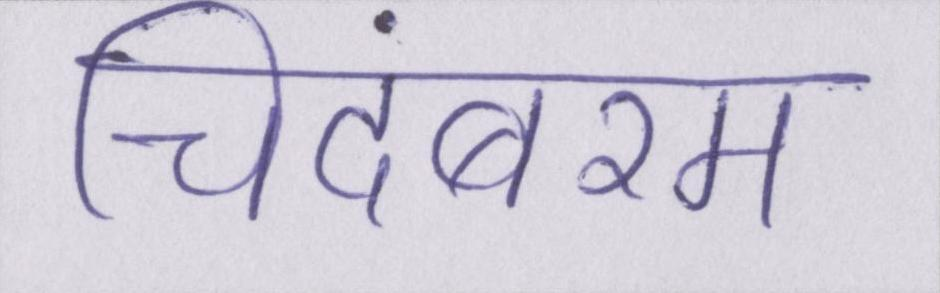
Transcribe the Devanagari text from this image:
चिदंबरम